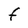
Character: F